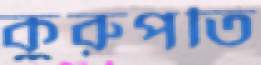
কুরুপতি